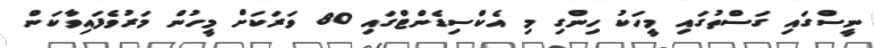
ނީސްގައި ގަސްތުގައި މީހަކު ހިންގި މި އެކްސިޑެންޓްގައި 80 ވަރަކަށް މީހުން މަރުވެފައިވާކަން